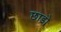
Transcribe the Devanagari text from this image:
छाड़ो